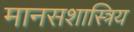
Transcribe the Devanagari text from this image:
मानसशास्त्रिय